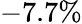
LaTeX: -7.7\%